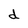
Character: d